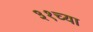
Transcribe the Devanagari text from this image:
३१च्या